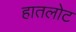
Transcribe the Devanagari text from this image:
हातलोट